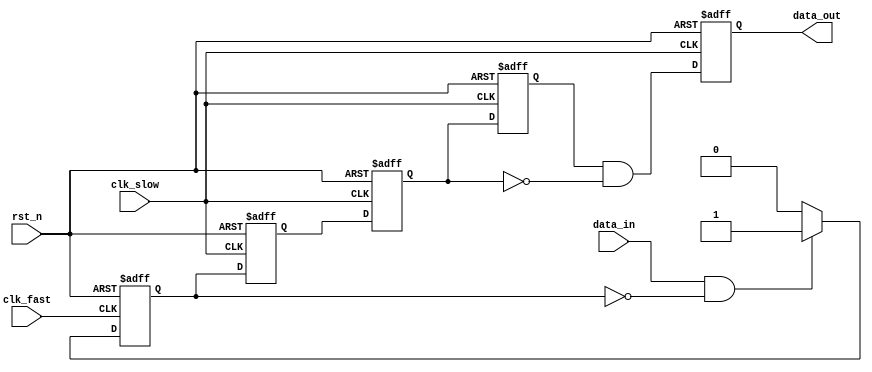
module pulse_detect(
    input clk_fast,
    input clk_slow,
    input rst_n,
    input data_in,
    output reg data_out
);

// Intermediate signals for synchronization
reg data_level;
reg data_level1_reg, data_level2_reg;
reg data_level3_reg;

// Detecting the rising edge of the pulse in the fast clock domain
always @(posedge clk_fast or negedge rst_n) begin
    if (!rst_n) begin
        data_level <= 1'b0;
    end else begin
        if (data_in && !data_level)
            data_level <= 1'b1; // Capture the rising edge
        else
            data_level <= 1'b0; // Reset after one clock cycle
    end
end

// Synchronizing the detected pulse to the slow clock domain
always @(posedge clk_slow or negedge rst_n) begin
    if (!rst_n) begin
        data_level1_reg <= 1'b0;
        data_level2_reg <= 1'b0;
        data_level3_reg <= 1'b0;
    end else begin
        data_level1_reg <= data_level; // First stage of synchronization
        data_level2_reg <= data_level1_reg; // Second stage
        data_level3_reg <= data_level2_reg; // Third stage
    end
end

// Generating the single clock-width pulse in the slow clock domain
always @(posedge clk_slow or negedge rst_n) begin
    if (!rst_n) begin
        data_out <= 1'b0;
    end else begin
        // Create a pulse when data_level3_reg goes high and wasn't high the previous cycle
        data_out <= data_level3_reg && !data_level2_reg;
    end
end

endmodule